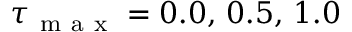
\tau _ { \mathrm { ~ m ~ a ~ x ~ } } = 0 . 0 , \, 0 . 5 , \, 1 . 0